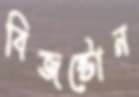
বিজস্টোন